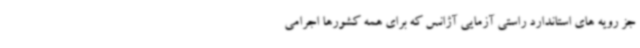
جز رویه های استاندارد راستی آزمایی آژانس که برای همه کشورها اجرامی